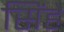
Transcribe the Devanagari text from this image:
सिंहे